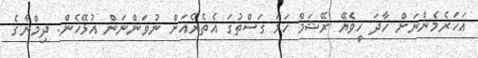
އަހަރެމެންނަށް ހާދަ ހީވެޔޭ ރޭޝަމް ހަމަ ގަސްތުގަ އެތެރެއަށް ނުވަންނަން އުޅޭހެން. ދިމްނާގެ